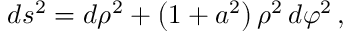
d s ^ { 2 } = d \rho ^ { 2 } + \left( 1 + a ^ { 2 } \right) \rho ^ { 2 } \, d \varphi ^ { 2 } \, ,